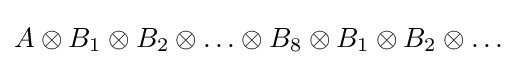
A\otimes B_{1}\otimes B_{2}\otimes \ldots \otimes B_{8}\otimes B_{1}\otimes B_{2}\otimes \ldots